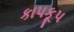
કાપકૂપ